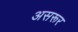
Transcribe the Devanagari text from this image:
असरूर